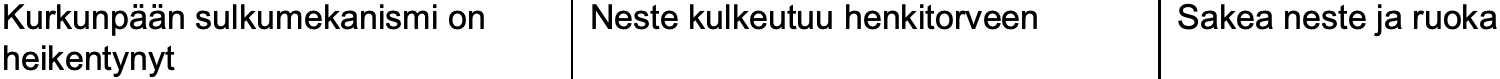
Kurkunpään sulkumekanismi on Neste kulkeutuu henkitorveen Sakea neste ja ruoka heikentynyt